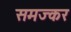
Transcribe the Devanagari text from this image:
समज्कर